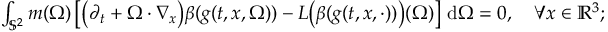
\begin{array} { r } { \int _ { \mathbb S ^ { 2 } } m ( \Omega ) \left[ \big ( \partial _ { t } + \Omega \cdot \nabla _ { x } \big ) \beta ( g ( t , x , \Omega ) ) - L \big ( \beta ( g ( t , x , \cdot ) ) \big ) ( \Omega ) \right] \, \mathrm { d } \Omega = 0 , \quad \forall x \in \mathbb { R } ^ { 3 } ; } \end{array}